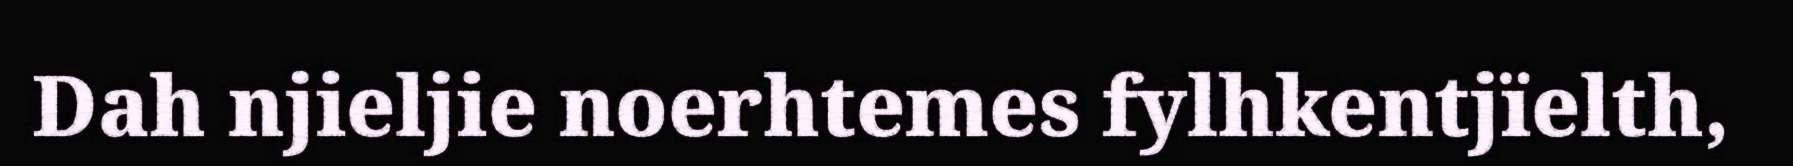
Dah njieljie noerhtemes fylhkentjïelth,